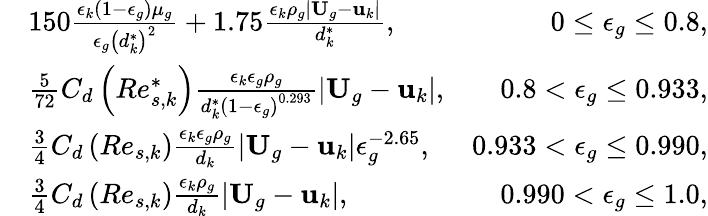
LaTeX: \begin{array}{rlr}&{150\frac{\epsilon_{k}\left(1-\epsilon_{g}\right)\mu_{g}}{\epsilon_{g}\left(d_{k}^{*}\right)^{2}}+1.75\frac{\epsilon_{k}\rho_{g}|\textbf{U}_{g}-\textbf{u}_{k}|}{d_{k}^{*}},}&{0\le\epsilon_{g}\le 0.8,}\\ &{\frac{5}{72}C_{d}\left(Re_{s,k}^{*}\right)\frac{\epsilon_{k}\epsilon_{g}\rho_{g}}{d_{k}^{*}\left(1-\epsilon_{g}\right)^{0.293}}|\textbf{U}_{g}-\textbf{u}_{k}|,}&{0.8<\epsilon_{g}\le 0.933,}\\ &{\frac{3}{4}C_{d}\left(Re_{s,k}\right)\frac{\epsilon_{k}\epsilon_{g}\rho_{g}}{d_{k}}|\textbf{U}_{g}-\textbf{u}_{k}|\epsilon_{g}^{-2.65},}&{0.933<\epsilon_{g}\le 0.990,}\\ &{\frac{3}{4}C_{d}\left(Re_{s,k}\right)\frac{\epsilon_{k}\rho_{g}}{d_{k}}|\textbf{U}_{g}-\textbf{u}_{k}|,}&{0.990<\epsilon_{g}\le 1.0,}\end{array}